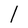
Character: l